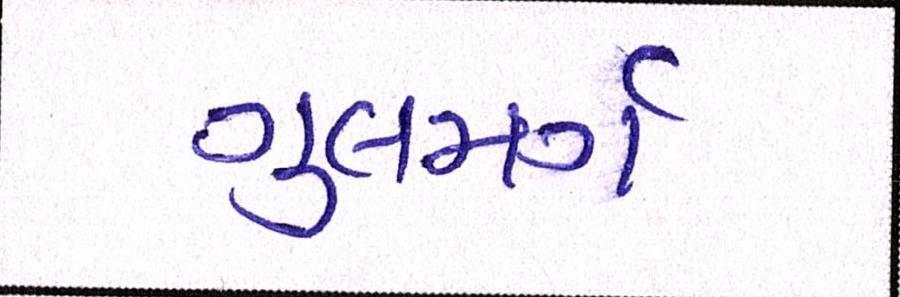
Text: ગુલમર્ગ